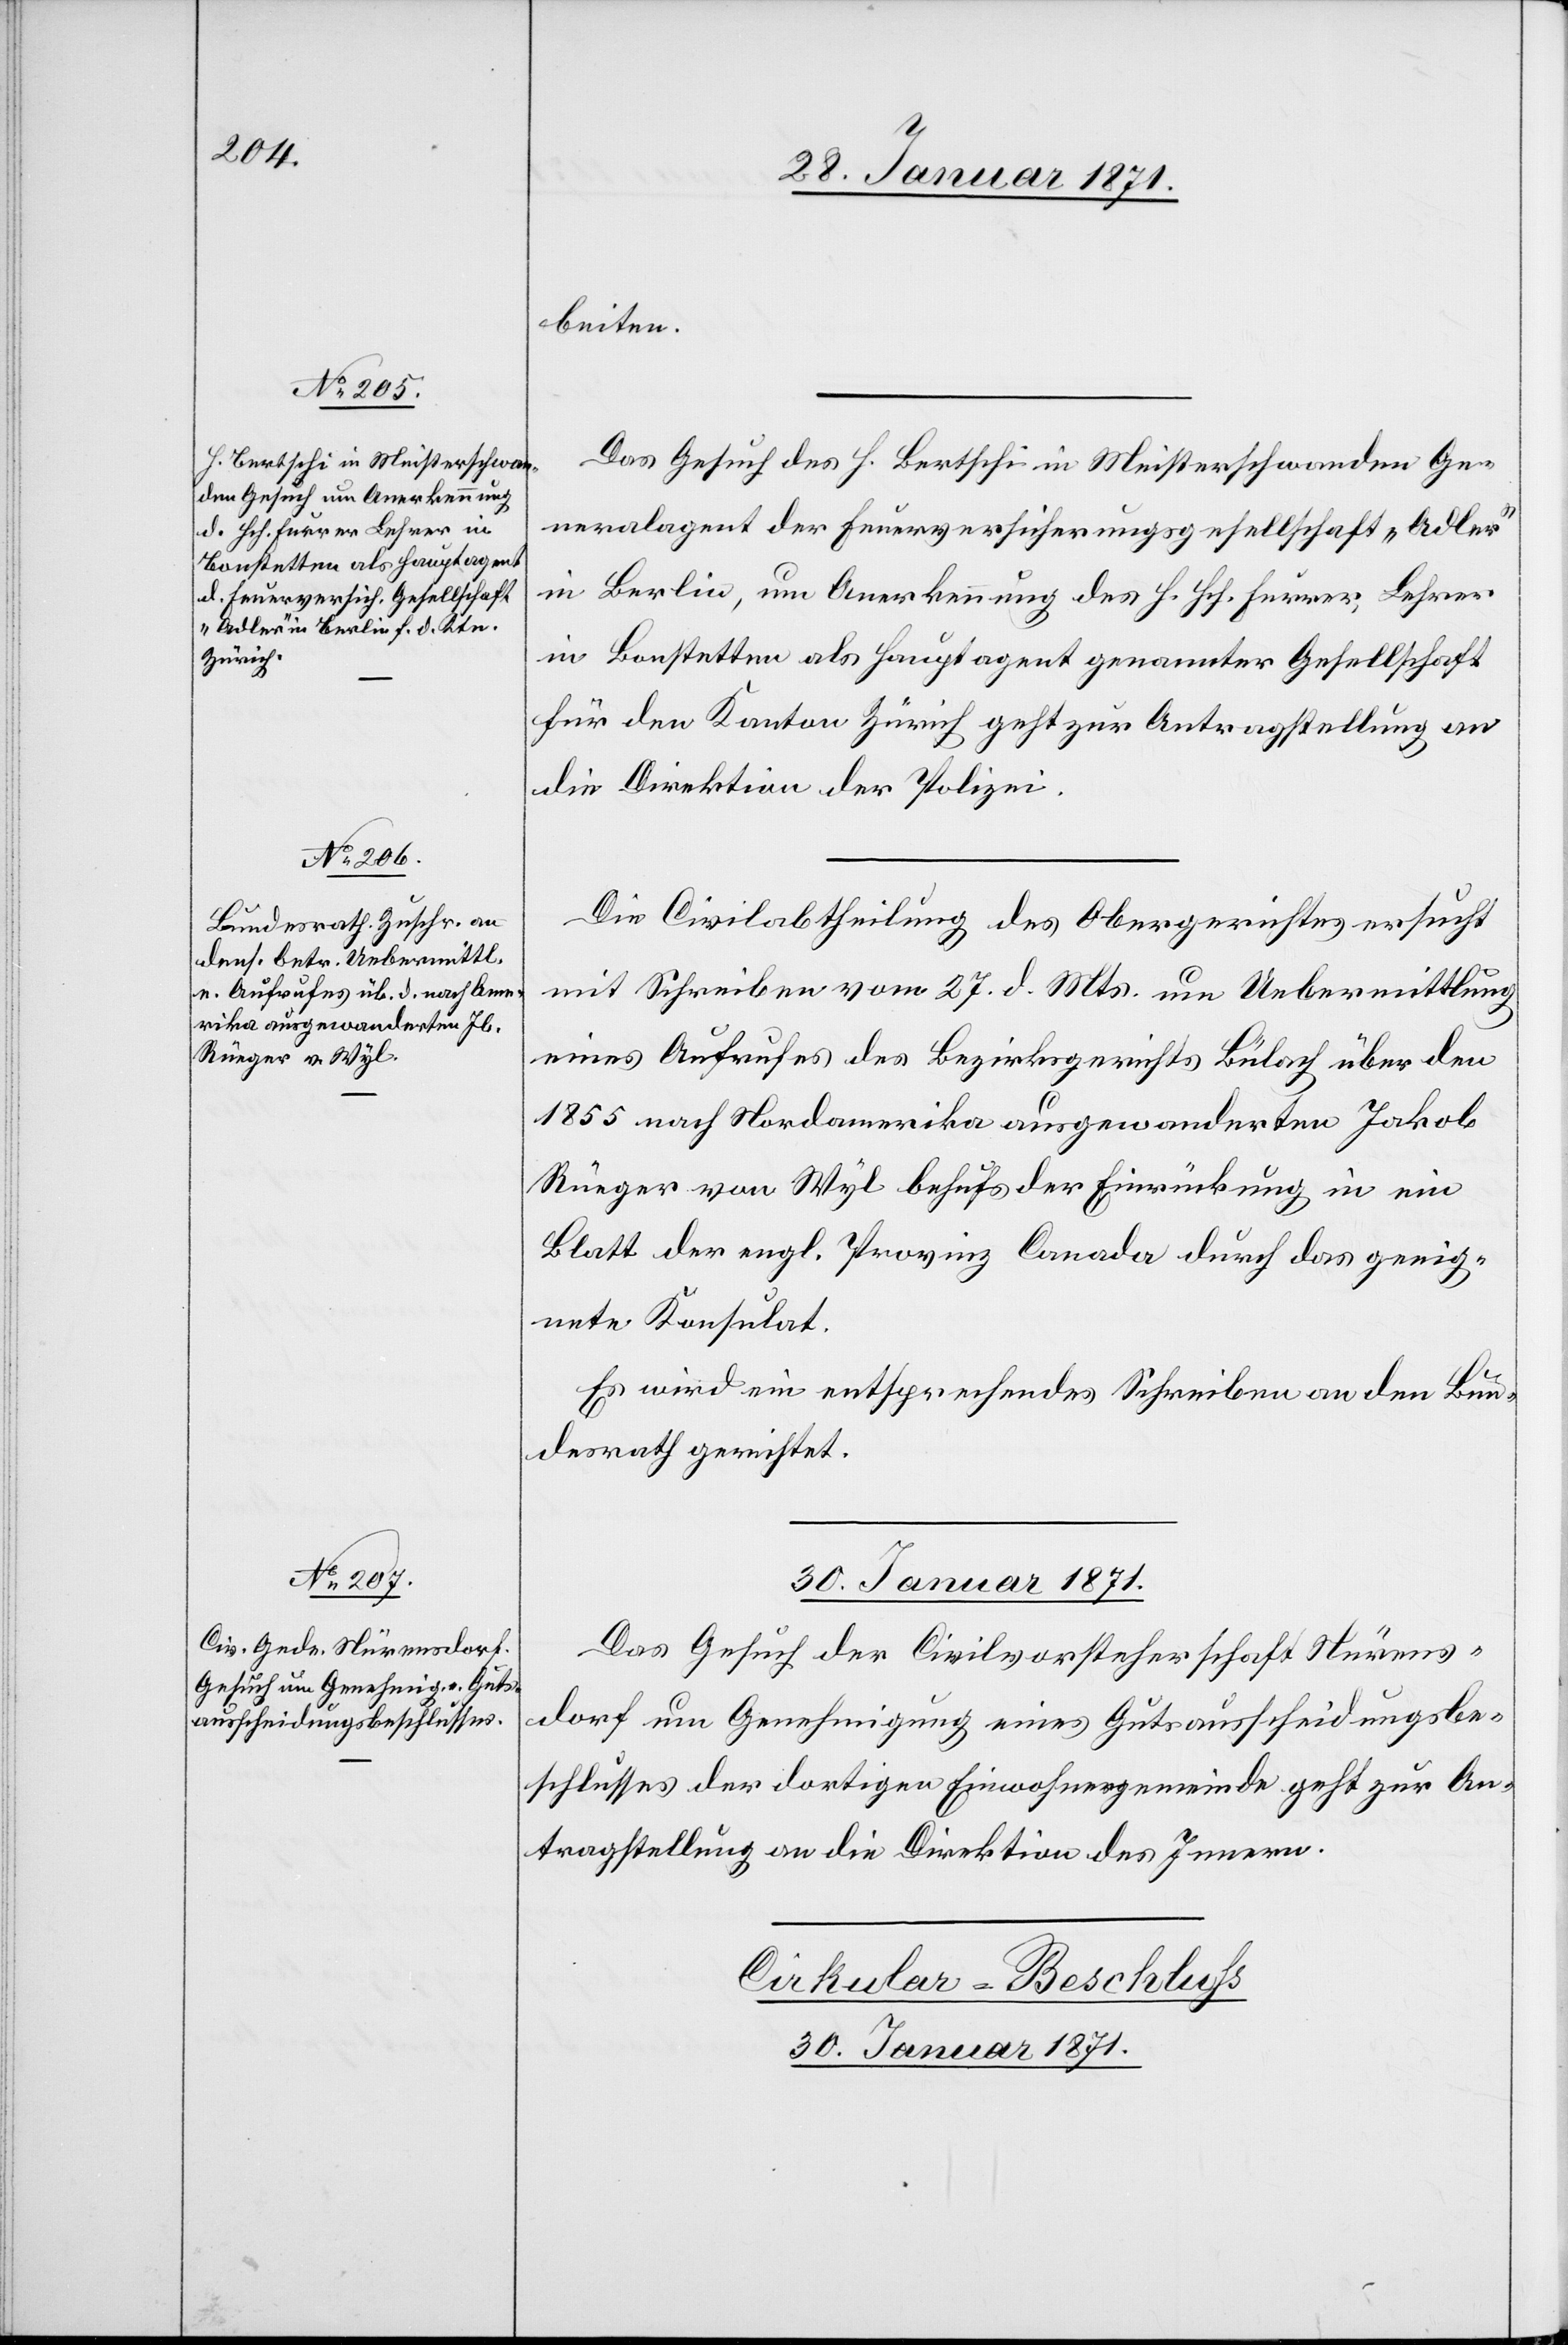
29. Januar 1871.]
beiten.
Das Gesuch des H. Bertschi in Meisterschwanden Ge¬
neralagent der Feuerversicherungsgesellschaft „Adler“
in Berlin, um Anerkennung des H. Hch. Furrer, Lehrer
in Bonstetten als Hauptagent genannter Gesellschaft
für den Kanton Zürich geht zur Antragstellung an
die Direktion der Polizei.
Die Civilabtheilung des Obergerichtes ersucht
mit Schreiben vom 27. d. Mts. um Uebermittlung
eines Aufrufes des Bezirksgerichts Bülach über den
1855 nach Nordamerika ausgewanderten Jakob
Rüeger von Wyl behufs der Einrückung in ein
Blatt der engl. Provinz Canada durch das geeig¬
nete Konsulat.
Es wird ein entsprechendes Schreiben an den Bun¬
desrath gerichtet.
30. Januar 1871.
Das Gesuch der Civilvorsteherschaft Nürens¬
dorf um Genehmigung eines Gutsausscheidungsbe¬
schlusses der dortigen Einwohnergemeinde geht zur An¬
tragstellung an die Direktion des Innern.
Cirkular-Beschluss
30. Januar 1871.